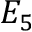
E _ { 5 }